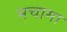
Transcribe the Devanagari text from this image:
मचामा